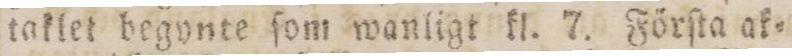
taklet begynte ſom wanligt kl. 7. Förſta ak=